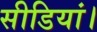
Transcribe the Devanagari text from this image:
सीडियां।